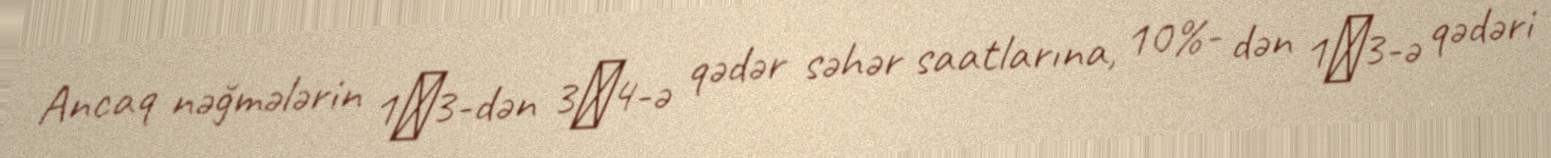
Ancaq nəğmələrin 1̸3-dən 3̸4-ə qədər səhər saatlarına, 10%- dən 1̸3-ə qədəri